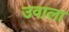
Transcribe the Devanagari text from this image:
उवाला